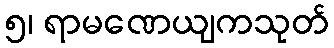
၅၊ ရာမဏေယျကသုတ်